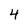
Character: 4